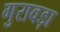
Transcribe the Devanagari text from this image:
गुरावड़ा